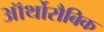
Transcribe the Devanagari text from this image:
ऑर्थोरौबिक